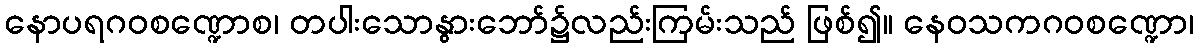
နောပရဂဝစဏ္ဍောစ၊ တပါးသောနွားဘော်၌လည်းကြမ်းသည် ဖြစ်၍။ နေဝသကဂဝစဏ္ဍော၊